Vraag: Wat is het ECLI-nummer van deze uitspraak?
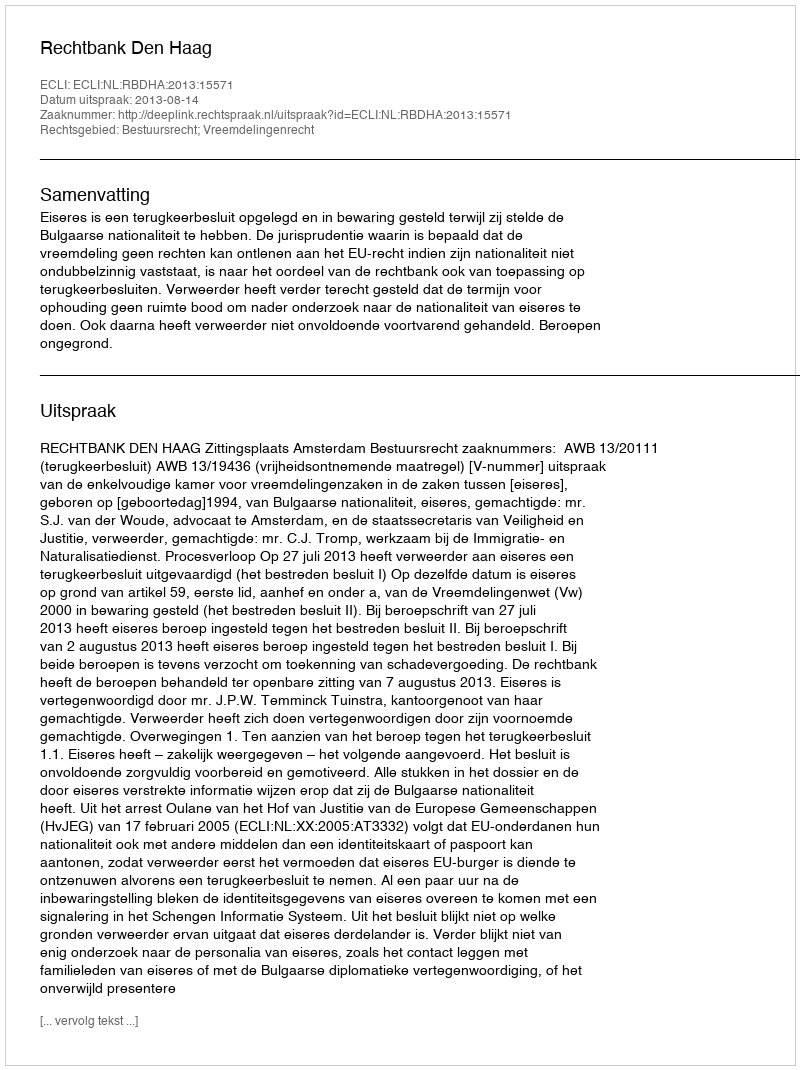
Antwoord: ECLI:NL:RBDHA:2013:15571